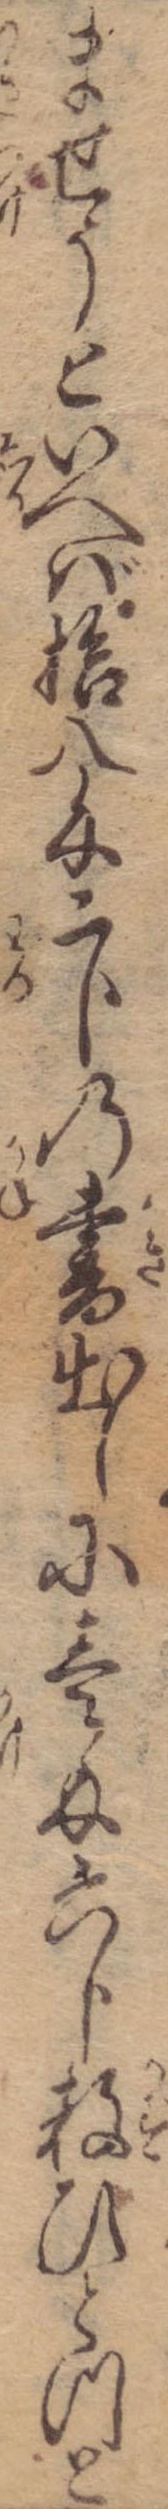
ませうといへば拾八匁二分の書出しに壱匁六分数ひとつと